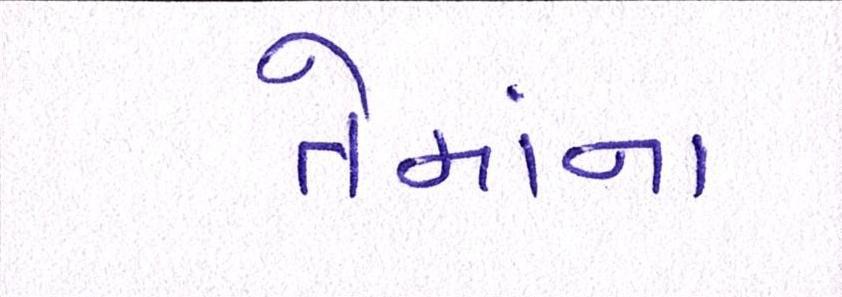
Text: તેમાંના